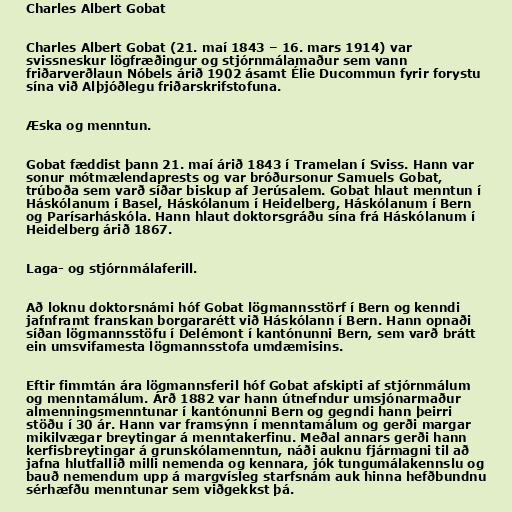
Charles Albert Gobat

Charles Albert Gobat (21. maí 1843 – 16. mars 1914) var
svissneskur lögfræðingur og stjórnmálamaður sem vann
friðarverðlaun Nóbels árið 1902 ásamt Élie Ducommun fyrir forystu
sína við Alþjóðlegu friðarskrifstofuna.

Æska og menntun.

Gobat fæddist þann 21. maí árið 1843 í Tramelan í Sviss. Hann var
sonur mótmælendaprests og var bróðursonur Samuels Gobat,
trúboða sem varð síðar biskup af Jerúsalem. Gobat hlaut menntun í
Háskólanum í Basel, Háskólanum í Heidelberg, Háskólanum í Bern
og Parísarháskóla. Hann hlaut doktorsgráðu sína frá Háskólanum í
Heidelberg árið 1867.

Laga- og stjórnmálaferill.

Að loknu doktorsnámi hóf Gobat lögmannsstörf í Bern og kenndi
jafnframt franskan borgararétt við Háskólann í Bern. Hann opnaði
síðan lögmannsstöfu í Delémont í kantónunni Bern, sem varð brátt
ein umsvifamesta lögmannsstofa umdæmisins.

Eftir fimmtán ára lögmannsferil hóf Gobat afskipti af stjórnmálum
og menntamálum. Árð 1882 var hann útnefndur umsjónarmaður
almenningsmenntunar í kantónunni Bern og gegndi hann þeirri
stöðu í 30 ár. Hann var framsýnn í menntamálum og gerði margar
mikilvægar breytingar á menntakerfinu. Meðal annars gerði hann
kerfisbreytingar á grunskólamenntun, náði auknu fjármagni til að
jafna hlutfallið milli nemenda og kennara, jók tungumálakennslu og
bauð nemendum upp á margvísleg starfsnám auk hinna hefðbundnu
sérhæfðu menntunar sem viðgekkst þá.